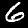
Label: 6